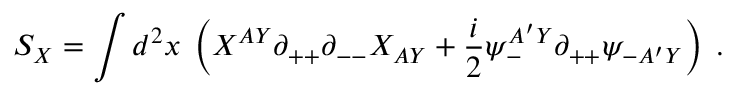
S _ { X } = \int d ^ { 2 } x \; \left( X ^ { A Y } \partial _ { + + } \partial _ { -- } X _ { A Y } + { \frac { i } { 2 } } \psi _ { - } ^ { A ^ { \prime } Y } \partial _ { + + } \psi _ { - A ^ { \prime } Y } \right) \; .